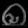
Digit: ၈